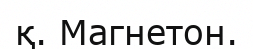
қ. Магнетон.